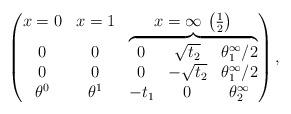
LaTeX: \begin{gather*}\left(\begin{matrix}x=0 & x=1 & x=\infty \, \left( \frac12 \right)\\\begin{matrix} 0 \\ 0 \\ \theta^0 \end{matrix}&\begin{matrix} 0 \\ 0 \\ \theta^1 \end{matrix}&\overbrace{\begin{matrix} 0 & \sqrt{t_2} & \theta^\infty_1/2 \\ 0 & -\sqrt{t_2} & \theta^\infty_1/2 \\-t_1 & 0 & \theta^\infty_2 \end{matrix}}\end{matrix}\right),\end{gather*}